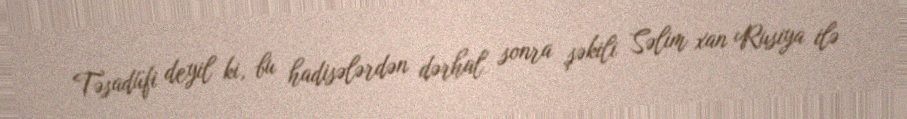
Təsadüfi deyil ki, bu hadisələrdən dərhal sonra şəkili Səlim xan Rusiya ilə